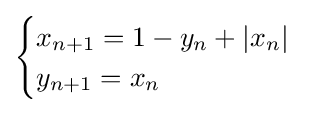
{\begin{cases}x_{n+1}=1-y_{n}+|x_{n}|\\y_{n+1}=x_{n}\end{cases}}